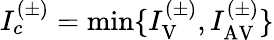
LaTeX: I_{c}^{(\pm)}=\operatorname*{min}\{ I_{\mathrm{V}}^{(\pm)},I_{\mathrm{AV}}^{(\pm)}\}